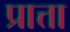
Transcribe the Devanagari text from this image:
प्रात्ता